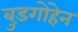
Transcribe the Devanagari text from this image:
बुड़गोहेन